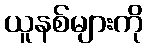
ယူနစ်များကို